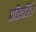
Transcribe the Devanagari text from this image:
प्रतिदर्शित